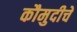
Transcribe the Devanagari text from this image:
कौमुदीचे